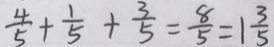
\frac { 4 } { 5 } + \frac { 1 } { 5 } + \frac { 3 } { 5 } = \frac { 8 } { 5 } = 1 \frac { 3 } { 5 }